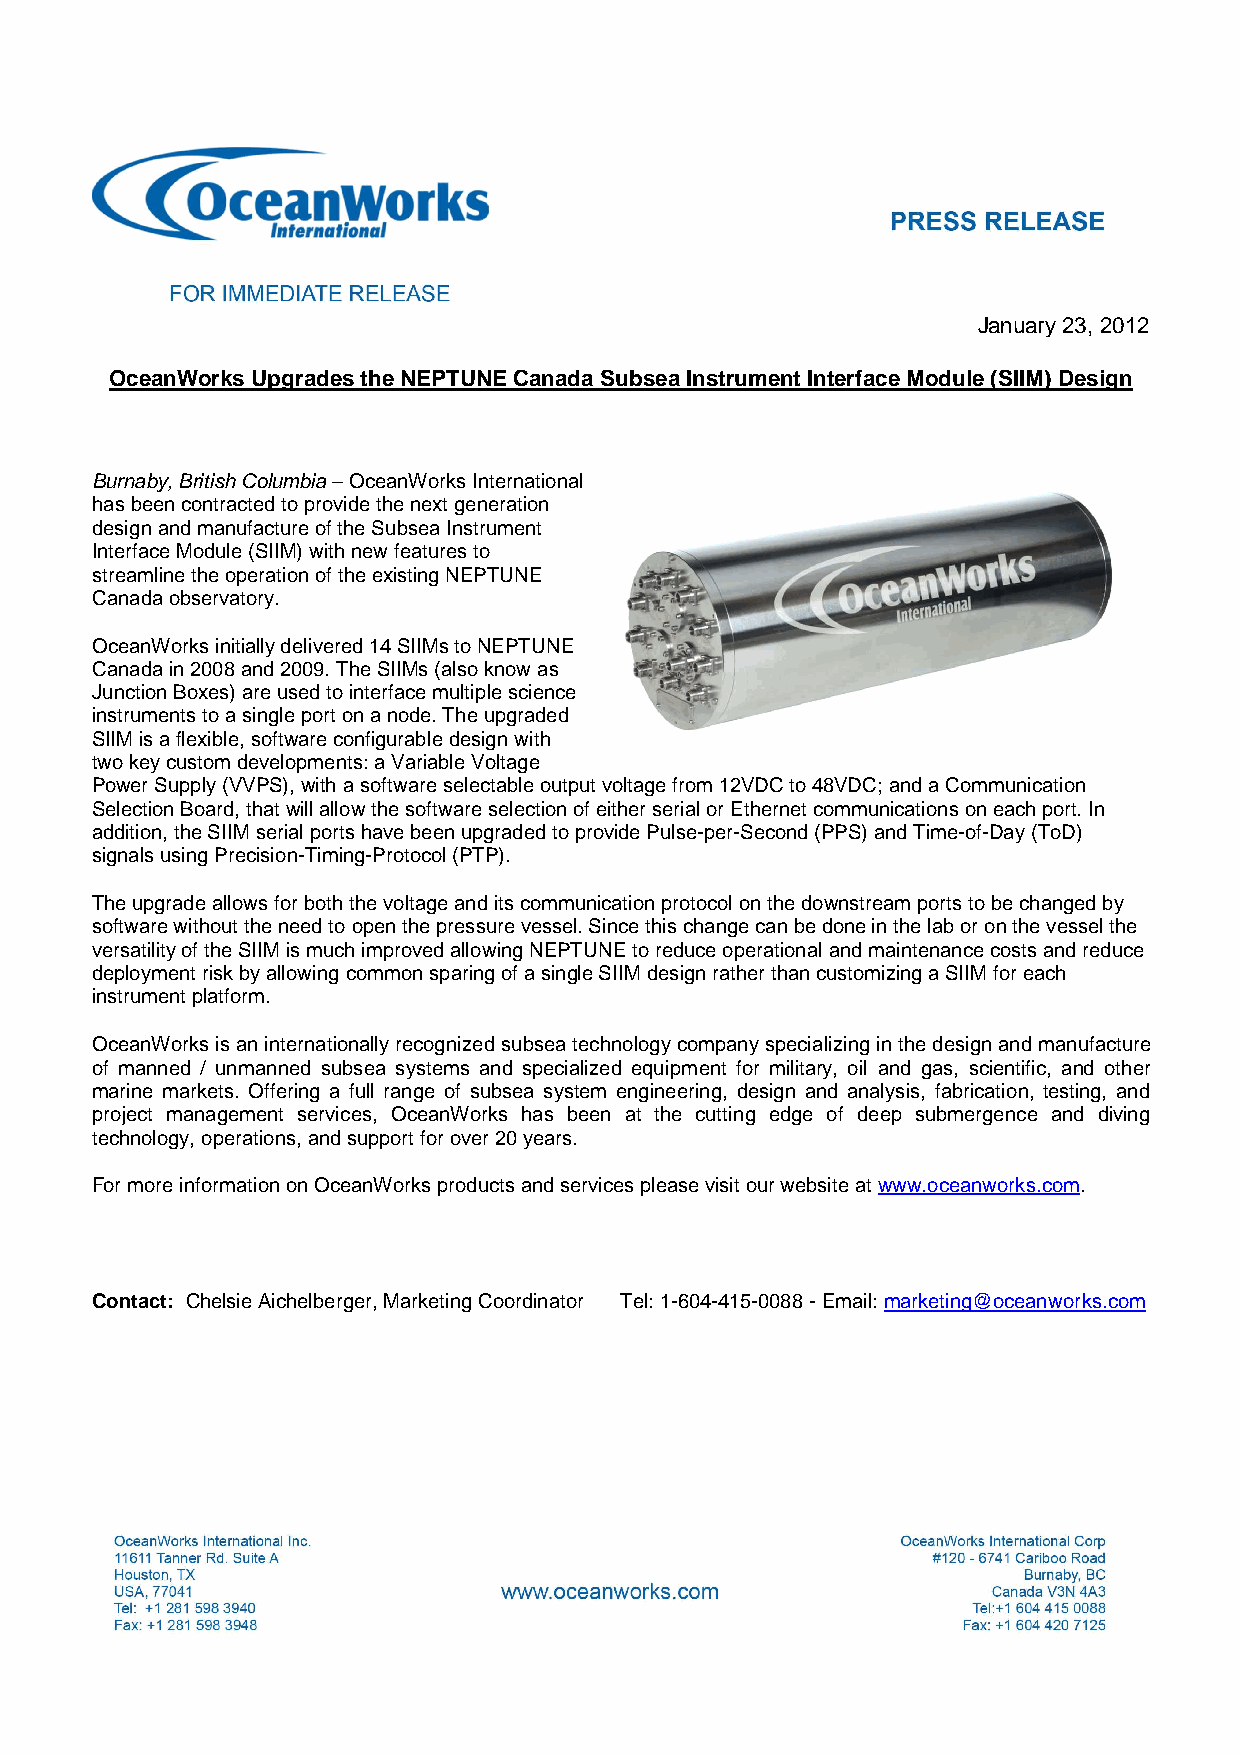
January 23, 2012
 OceanWorks Upgrades the NEPTUNE Canada Subsea Instrument Interface Module (SIIM) Design
 Burnaby, British Columbia – OceanWorks International
 has been contracted to provide the next generation
 design and manufacture of the Subsea Instrument
 Interface Module (SIIM) with new features to
 streamline the operation of the existing NEPTUNE
 Canada observatory.
 OceanWorks initially delivered 14 SIIMs to NEPTUNE
 Canada in 2008 and 2009. The SIIMs (also know as
 Junction Boxes) are used to interface multiple science
 instruments to a single port on a node. The upgraded
 SIIM is a flexible, software configurable design with
 two key custom developments: a Variable Voltage
 Power Supply (VVPS), with a software selectable output voltage from 12VDC to 48VDC; and a Communication
 Selection Board, that will allow the software selection of either serial or Ethernet communications on each port. In
 addition, the SIIM serial ports have been upgraded to provide Pulse-per-Second (PPS) and Time-of-Day (ToD)
 signals using Precision-Timing-Protocol (PTP).
 The upgrade allows for both the voltage and its communication protocol on the downstream ports to be changed by
 software without the need to open the pressure vessel. Since this change can be done in the lab or on the vessel the
 versatility of the SIIM is much improved allowing NEPTUNE to reduce operational and maintenance costs and reduce
 deployment risk by allowing common sparing of a single SIIM design rather than customizing a SIIM for each
 instrument platform.
 OceanWorks is an internationally recognized subsea technology company specializing in the design and manufacture
 of manned / unmanned subsea systems and specialized equipment for military, oil and gas, scientific, and other
 marine markets. Offering a full range of subsea system engineering, design and analysis, fabrication, testing, and
 project management services, OceanWorks has been at the cutting edge of deep submergence and diving
 technology, operations, and support for over 20 years.
 For more information on OceanWorks products and services please visit our website at www.oceanworks.com.
 Contact: Chelsie Aichelberger, Marketing Coordinator Tel: 1-604-415-0088 - Email: marketing@oceanworks.com